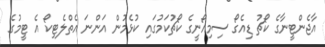
އާޖެންޓީނާގެ ކޯޗު ޑިއެގޯ ސިމިއޯނީގެ ކޯޗުކަމުގައި ކުޅެމުން އަންނަ އެތްލެޓިކޯ އެ ޓީމުގެ